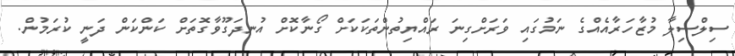
ސިލްސިލާ މުޒާހަރާއެއްގެ ނަމުގައި ވަރަށްގިނަ ރައްޔިތުންތަކަކަށް ގޯނާކޮށް އުނދަގޫވާގޮތަށް ކަންކަން ދަނީ ކުރަމުން.